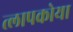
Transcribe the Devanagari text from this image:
त्लापकोया